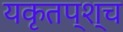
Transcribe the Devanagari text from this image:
यकृतप्श्च